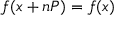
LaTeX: f ( x + n P ) = f ( x )